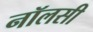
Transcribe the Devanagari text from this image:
नॉलसी